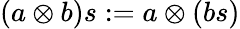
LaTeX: (a\otimes b)s:=a\otimes(bs)